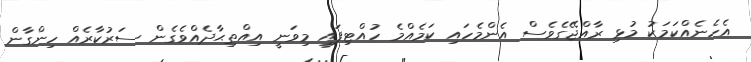
އެހެނެއްކަމަކު މުޅި ރާއްޖޭގެވެސް އެންމެހައި ކަމެއްމެ ހުއްޓިފައި މިވަނީ އިއްތިޙާދެއްވެގެން ސަރުކާރެއް ހިންގާން